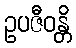
ဥပဇီဝန္တိ